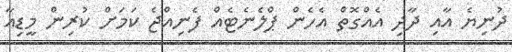
ދުނިޔެ އާއި ދާދި އެއްގޮތް އެހެން ޕްލެނެޓެއް ފެނިއްޖެ ކަމަށް ކުރިން މީޑިއާ